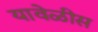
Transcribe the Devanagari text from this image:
यावेळीस